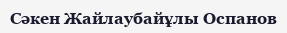
Сәкен Жайлаубайұлы Оспанов